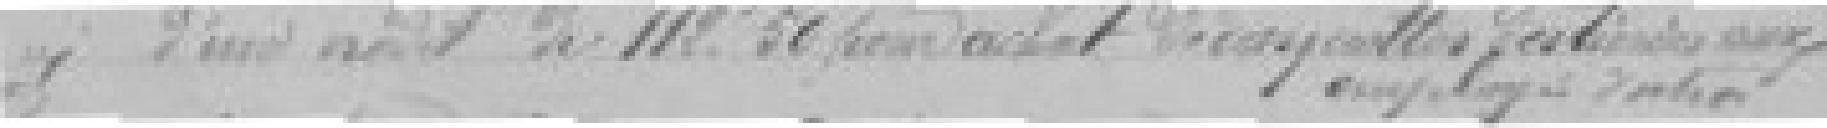
d'un crédit de 112,50 francs pour de achat de ??? destinées aux employés ??